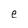
Character: e